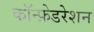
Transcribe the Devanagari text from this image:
कॉन्फ़ेडरेशन